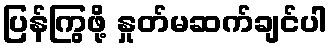
ပြန်ကြွဖို့ နှုတ်မဆက်ချင်ပါ